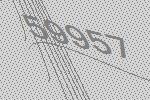
59957